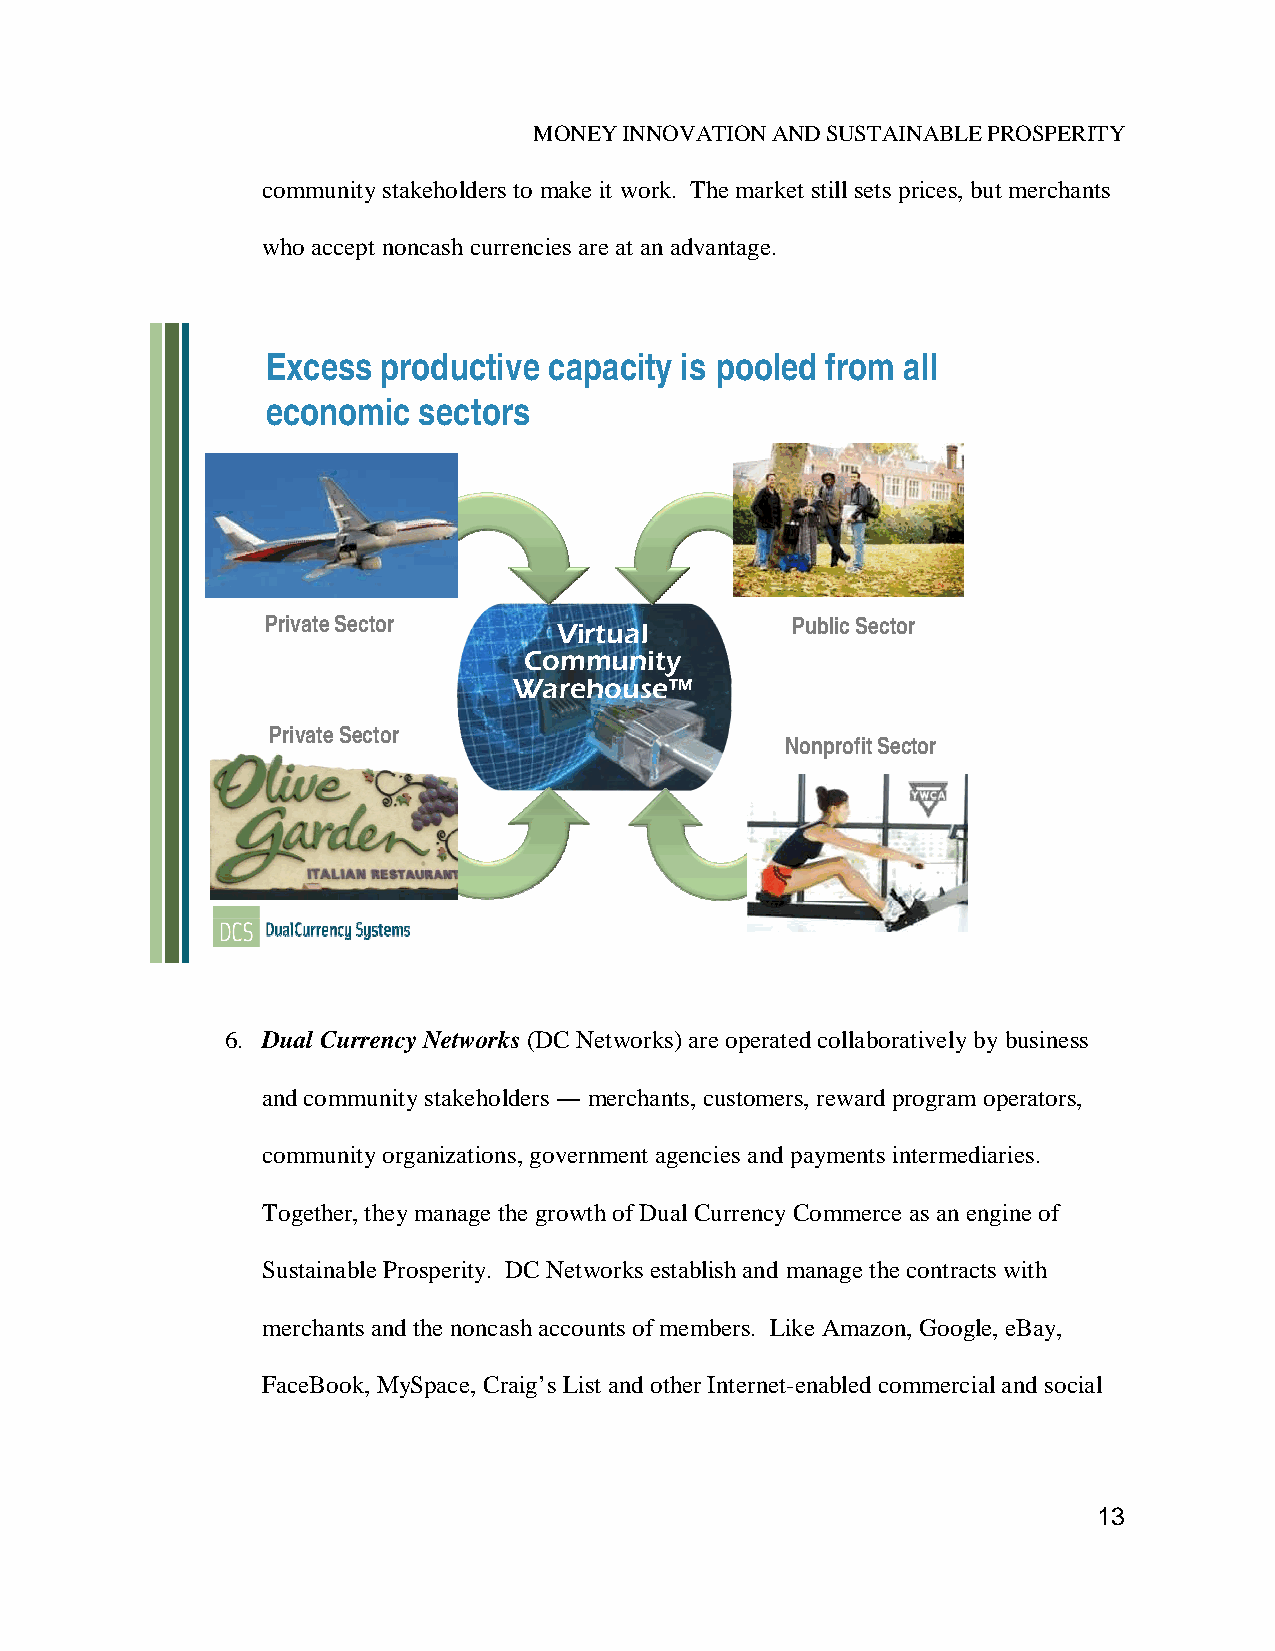
MONEY INNOVATION AND SUSTAINABLE PROSPERITY
 community stakeholders to make it work. The market still sets prices, but merchants
 who accept noncash currencies are at an advantage.
 Excess productive capacity is pooled from all
 economic  sectors
 Private Sector                    Public Sector
 Virtual
 Community
 Warehouse™
 Private Sector
 Nonprofit Sector
 6. Dual Currency Networks (DC Networks) are operated collaboratively by business
 and community stakeholders ― merchants, customers, reward program operators,
 community organizations, government agencies and payments intermediaries.
 Together, they manage the growth of Dual Currency Commerce as an engine of
 Sustainable Prosperity. DC Networks establish and manage the contracts with
 merchants and the noncash accounts of members. Like Amazon, Google, eBay,
 FaceBook, MySpace, Craig’s List and other Internet-enabled commercial and social
 13